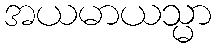
အယမာယသ္မာ